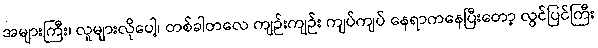
အများကြီး၊ လူများလိုပေါ့၊ တစ်ခါတလေ ကျဉ်းကျဉ်း ကျပ်ကျပ် နေရာကနေပြီးတော့ လွင်ပြင်ကြီး